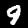
Digit: 9